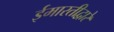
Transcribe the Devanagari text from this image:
ईमारतीद्वारे